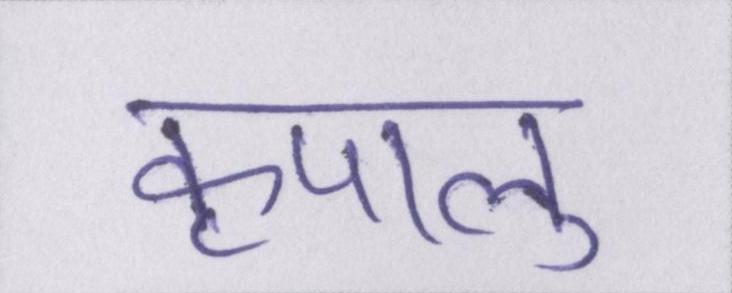
कृपालु